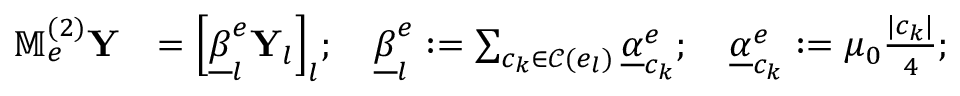
\begin{array} { r l } { \mathbb { M } _ { e } ^ { ( 2 ) } \mathbf { Y } } & { = { \Big [ } \underline { { \beta } } _ { l } ^ { e } \mathbf { Y } _ { l } { \Big ] } _ { l } ; \quad \underline { { \beta } } _ { l } ^ { e } : = \sum _ { c _ { k } \in \mathcal { C } ( e _ { l } ) } \underline { { \alpha } } _ { c _ { k } } ^ { e } ; \quad \underline { { \alpha } } _ { c _ { k } } ^ { e } : = \mu _ { 0 } \frac { | c _ { k } | } { 4 } ; } \end{array}